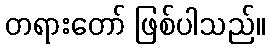
တရားတော် ဖြစ်ပါသည်။